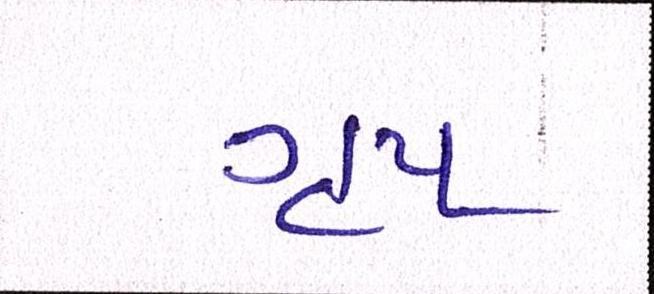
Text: ગૃપ